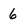
Character: 6